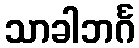
သာခါဘင်္ဂ